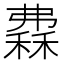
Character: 𥡀